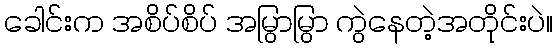
ခေါင်းက အစိပ်စိပ် အမြွာမြွာ ကွဲနေတဲ့အတိုင်းပဲ။